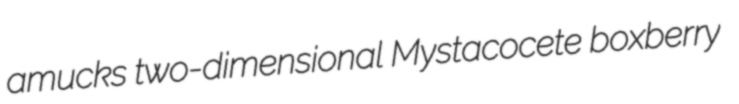
amucks two-dimensional Mystacocete boxberry